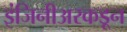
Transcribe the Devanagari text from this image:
इंजिनीअरकडून